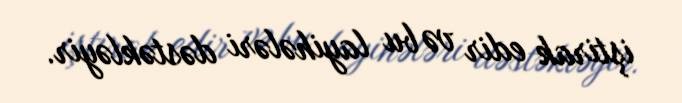
iştirak edir və bu layihələri dəstəkləyir.